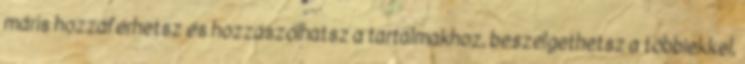
máris hozzáférhetsz és hozzászólhatsz a tartalmakhoz, beszélgethetsz a többiekkel,